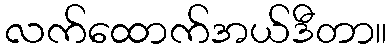
လက်ထောက်အယ်ဒီတာ။